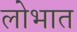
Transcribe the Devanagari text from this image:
लोभात